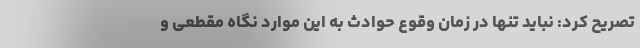
تصریح کرد: نباید تنها در زمان وقوع حوادث به این موارد نگاه مقطعی و